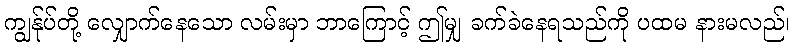
ကျွန်ုပ်တို့ လျှောက်နေသော လမ်းမှာ ဘာကြောင့် ဤမျှ ခက်ခဲနေရသည်ကို ပထမ နားမလည်၊